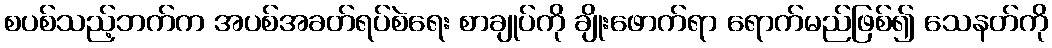
စပစ်သည့်ဘက်က အပစ်အခတ်ရပ်စဲရေး စာချုပ်ကို ချိုးဖောက်ရာ ရောက်မည်ဖြစ်၍ သေနတ်ကို